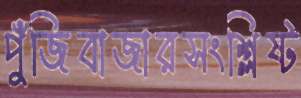
পুঁজিবাজারসংশ্লিষ্ট